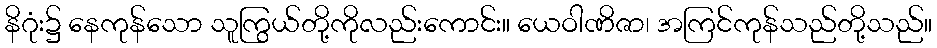
နိဂုံး၌ နေကုန်သော သူကြွယ်တို့ကိုလည်းကောင်း။ ယေဝါဏိဇာ၊ အကြင်ကုန်သည်တို့သည်။